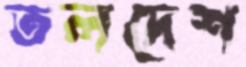
তলদেশ